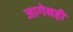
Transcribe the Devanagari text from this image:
जागेसही